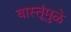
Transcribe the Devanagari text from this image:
वास्तूंमुळे